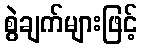
စွဲချက်များဖြင့်